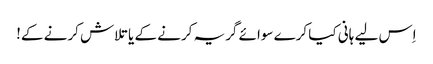
اِس لیے ہانی کیا کرے سوائے گریہ کرنے کے یا تلاش کرنے کے!